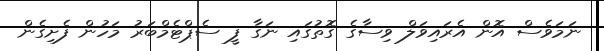
ނަމަވެސް އޮން އެރައިވަލް ވިސާގެ ގޮތުގައި ނަގާ ފީ ސެޕްޓެމްބަރު މަހުން ފެށިގެން